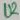
Text: U2